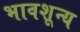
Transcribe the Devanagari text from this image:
भावशून्‍य